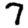
Digit: 7